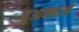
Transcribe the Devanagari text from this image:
युआनबाओ